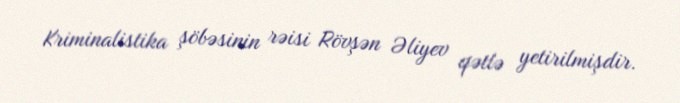
Kriminalistika şöbəsinin rəisi Rövşən Əliyev qətlə yetirilmişdir.